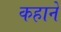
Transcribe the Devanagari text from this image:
कहाने